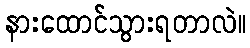
နားထောင်သွားရတာလဲ။